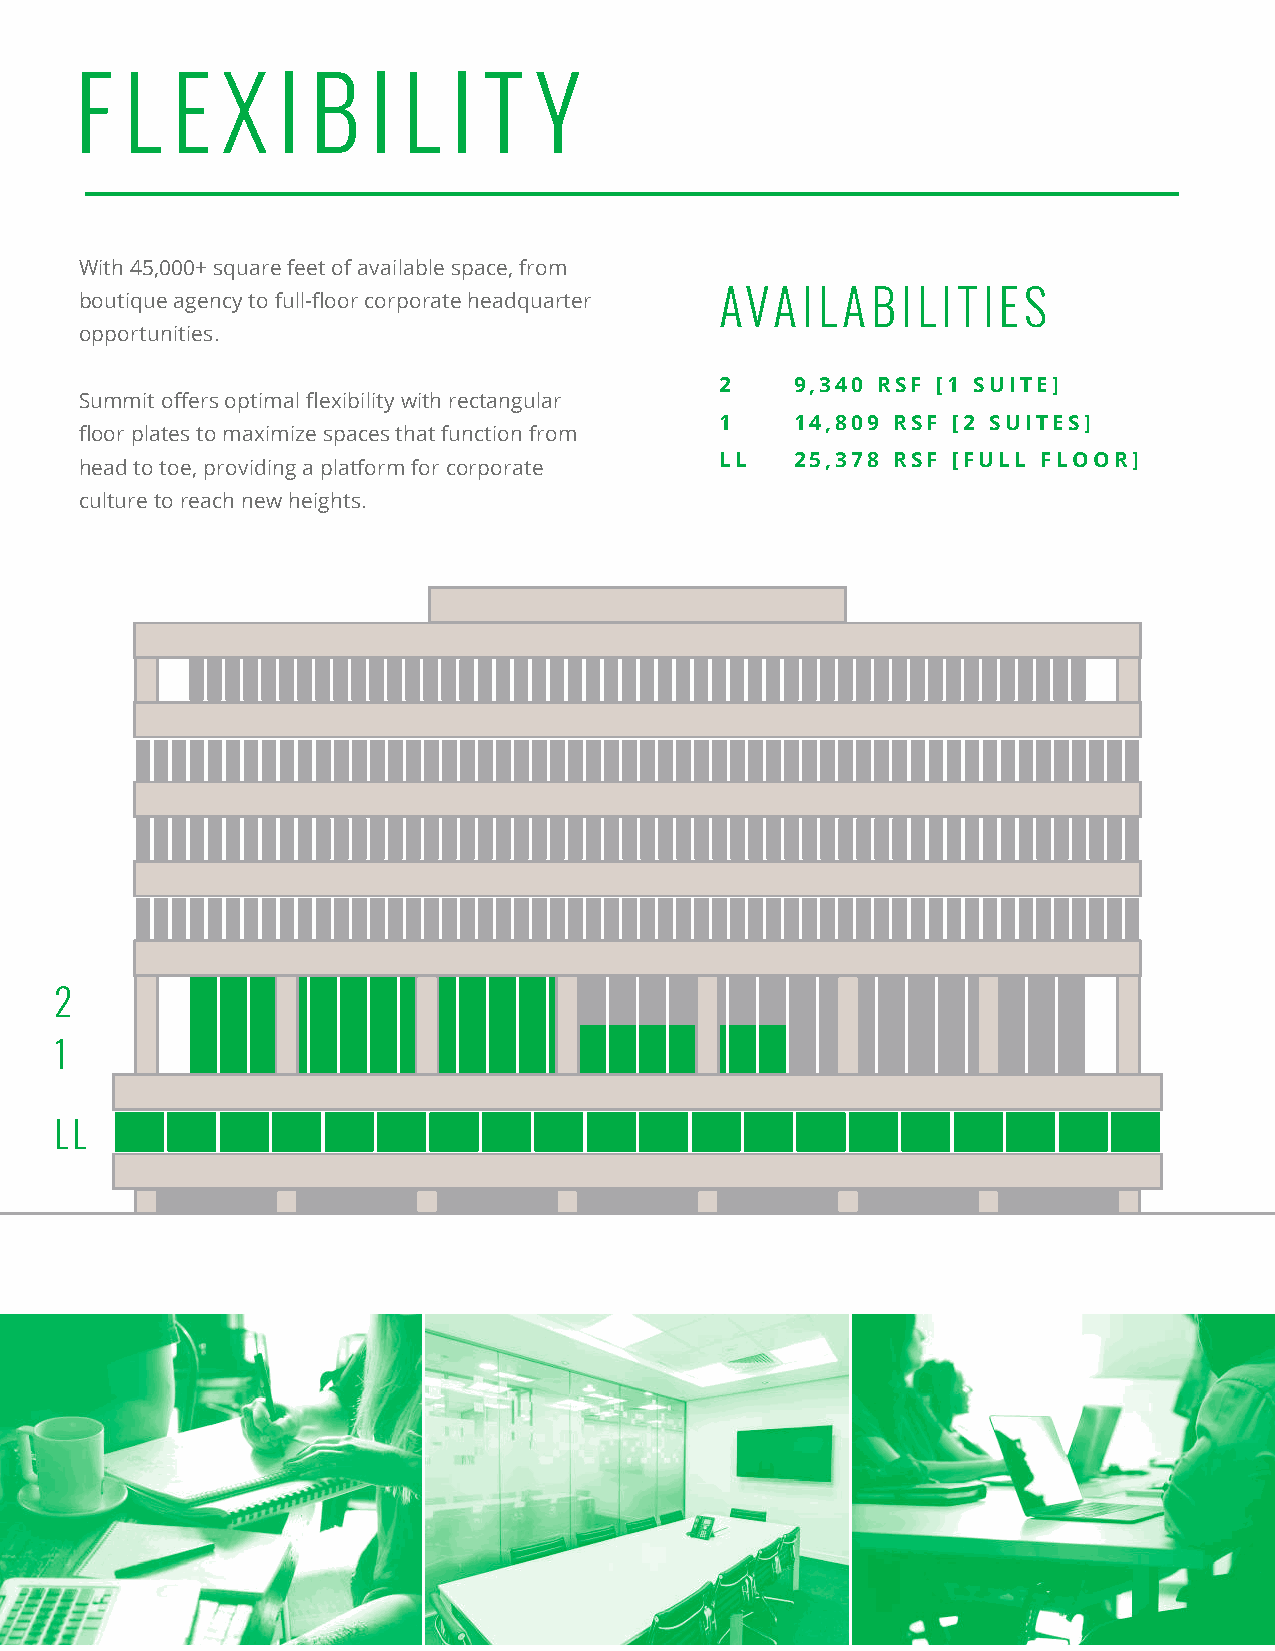
F  L  E   X  I  B   I L  I T  Y
 With 45,000+ square feet of available space, from
 boutique agency to full-floor corporate headquarter AVAILABILITIES
 opportunities.
 2    9,340 RSF [1 SUITE]
 Summit offers optimal flexibility with rectangular
 1    14,809 RSF [2 SUITES]
 floor plates to maximize spaces that function from
 LL   25,378 RSF [FULL FLOOR]
 head to toe, providing a platform for corporate
 culture to reach new heights.
 2
 1
 LL